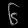
Digit: ၆